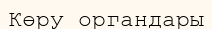
Көру органдары